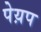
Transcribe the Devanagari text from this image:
पेय़प